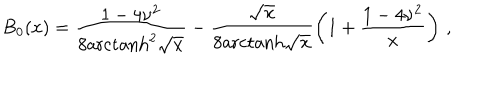
LaTeX: B _ { 0 } ( x ) = \frac { 1 - 4 \nu ^ { 2 } } { 8 \mathrm { a r c t a n h } ^ { 2 } \sqrt { x } } - \frac { \sqrt { x } } { 8 \mathrm { a r c t a n h } \sqrt { x } } \left( 1 + \frac { 1 - 4 \nu ^ { 2 } } { x } \right) \, ,